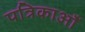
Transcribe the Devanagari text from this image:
पत्रिकाऑं